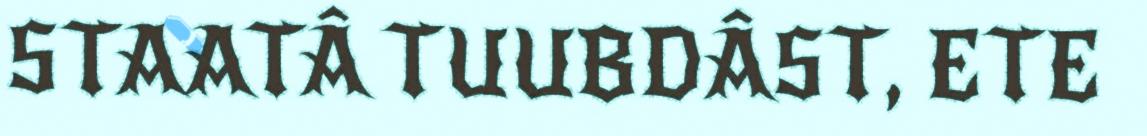
STAATÂ TUUBDÂST, ETE